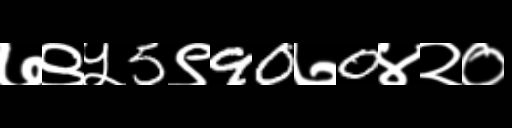
Text: ७९५5९90७0४२०